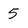
Character: 5